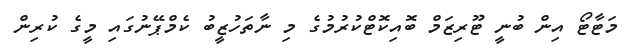
މަޓާޓޯ އިން ބުނީ ޓޫރިޒަމް ބޮއިކޮޓްކުރުމުގެ މި ނާތަހުޒީބު ކެމްޕޭނުގައި މީގެ ކުރިން